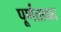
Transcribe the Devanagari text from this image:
पूर्णतावाद